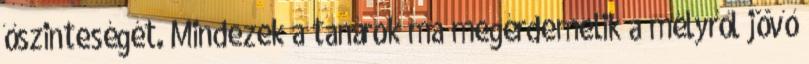
őszinteségét. Mindezek a tanárok ma megérdemelik a mélyről jövő